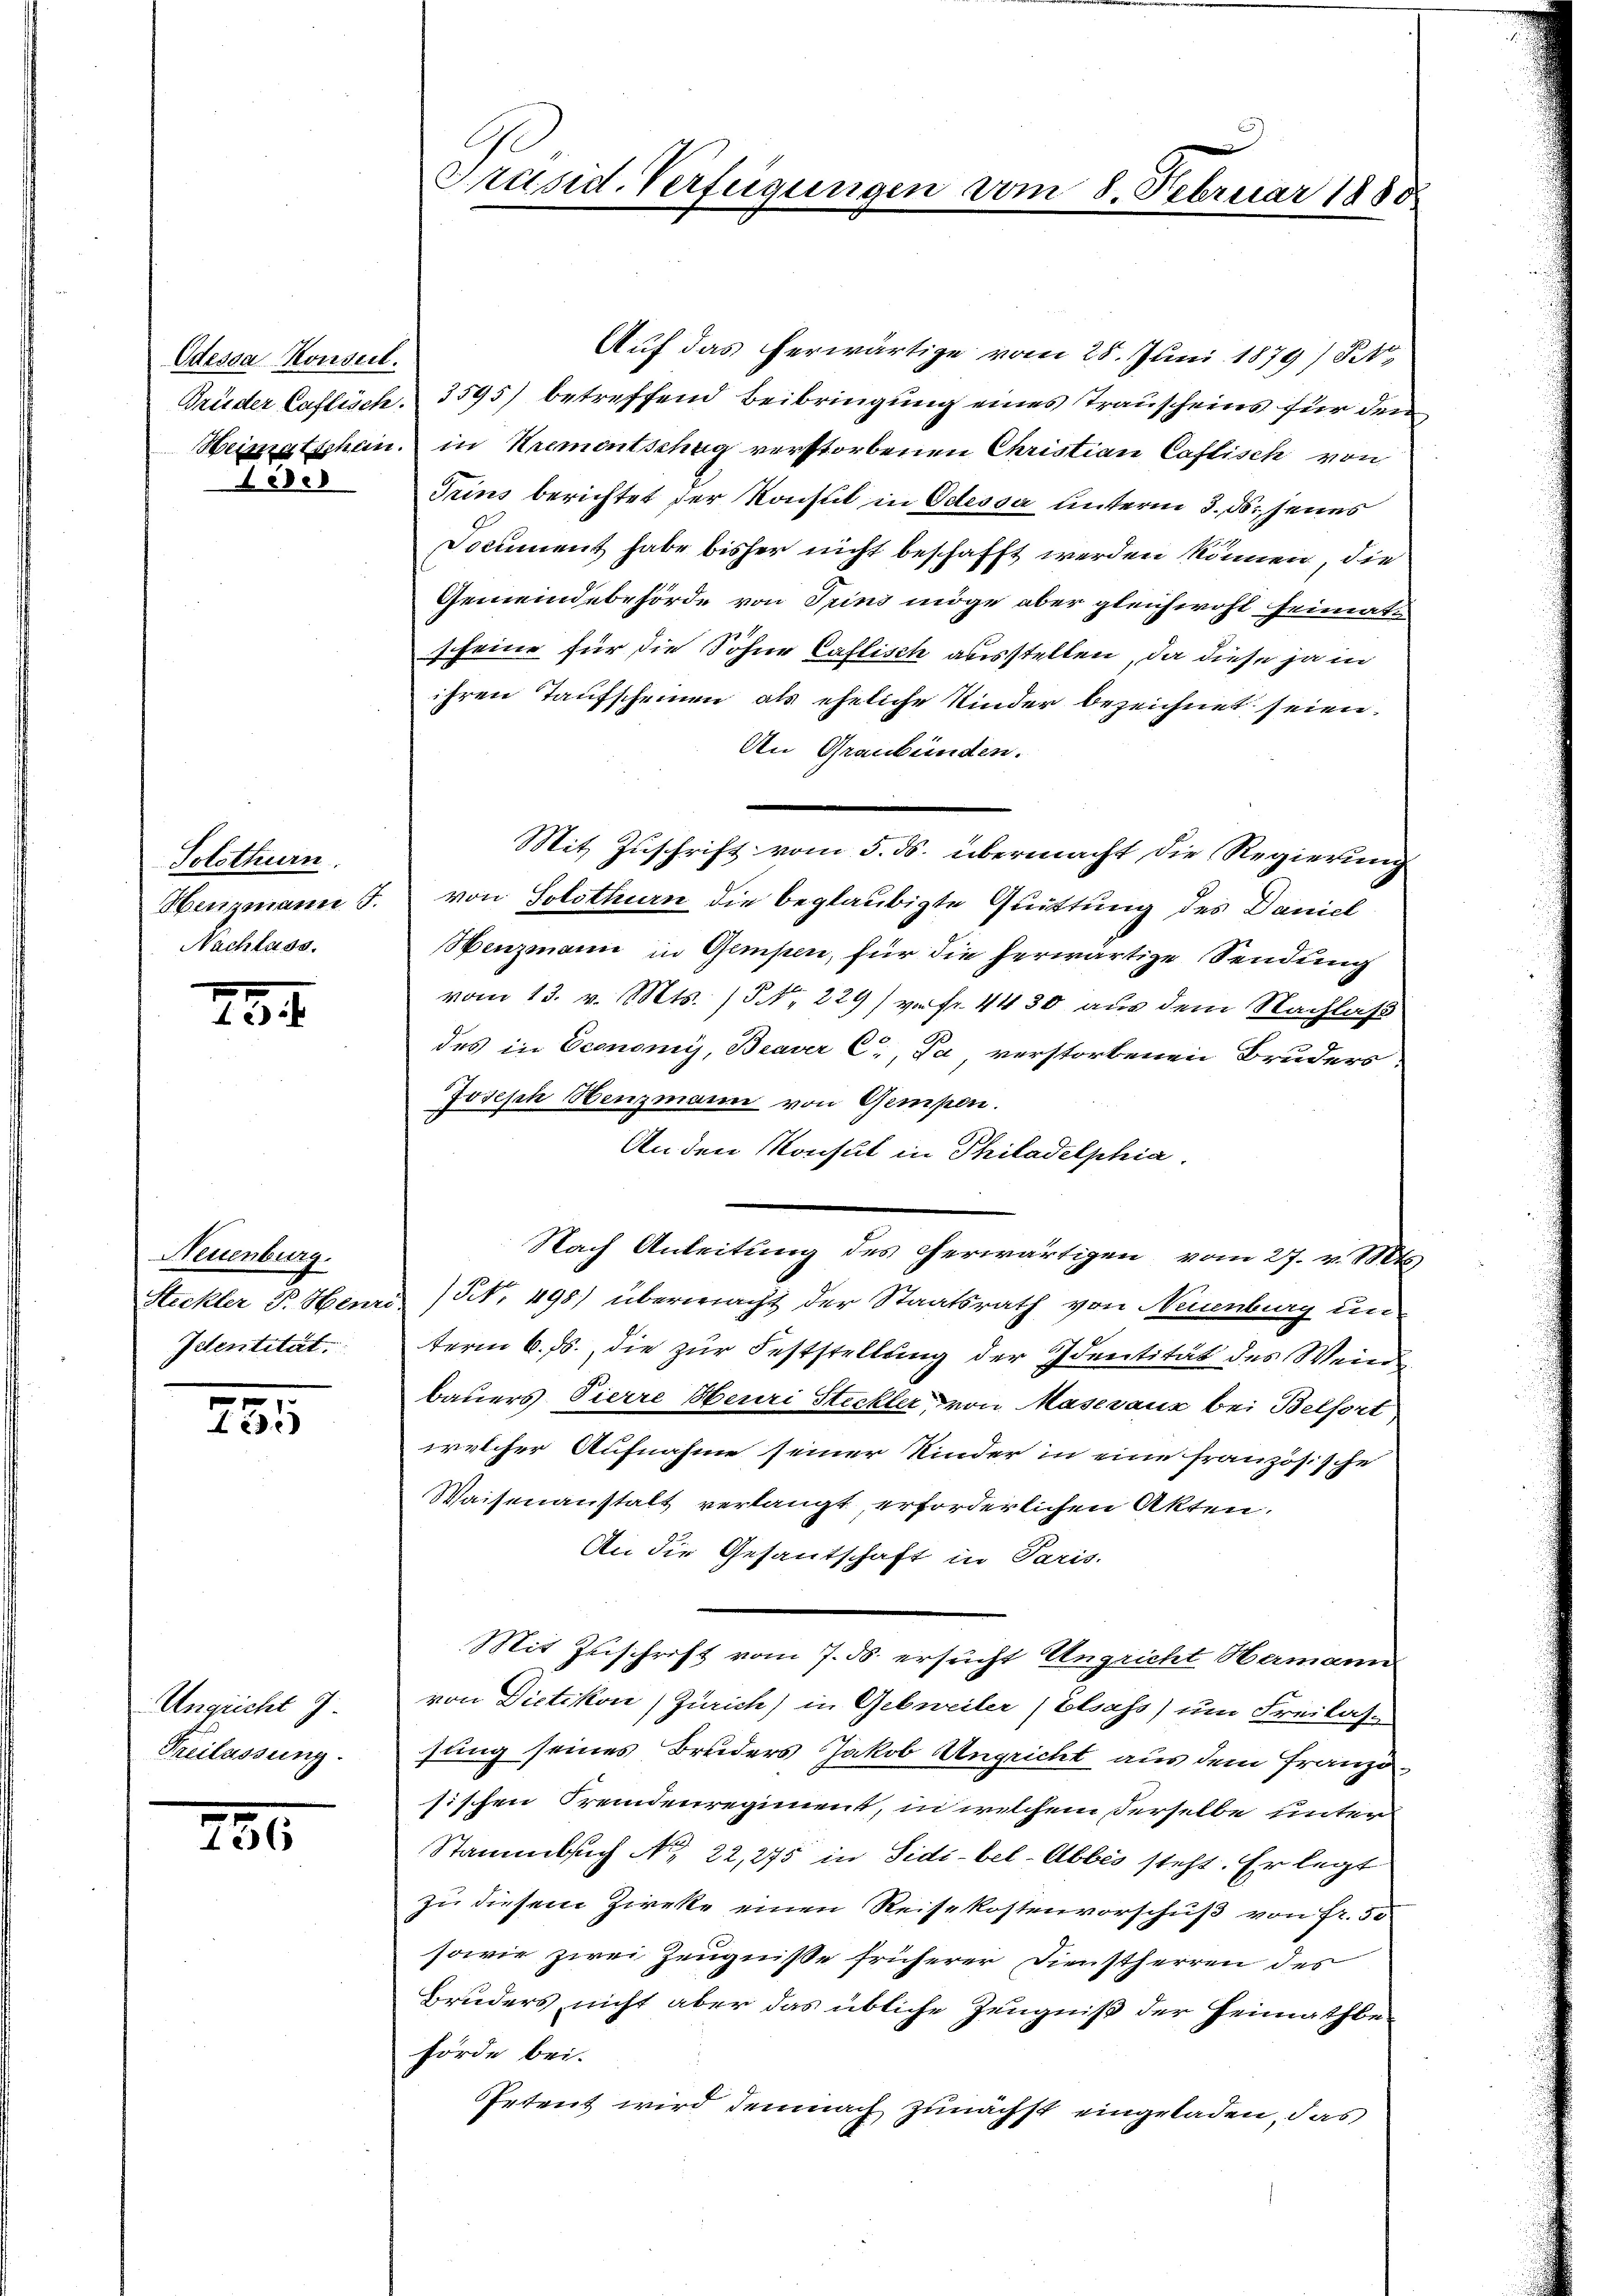
Odessa Konseil.
2808

Solothurn.
Nachlass.

234.

Neuenburg.
Identität

n
22)

Angricht 9.
Freilassung.

286

Präsid. Verfügungen

Auf das herwärtige vom 25. Juni 1879) S.
Brüder Caflisch. 3595) betreffend Beibringung eines Trauscheins für den
Heimatschen in Krementschag verstorbenen Christian Caflisch von
Trins berichtet der Konsul in Odessa unterm 3. ds. jenes
Document habe bisher nicht beschafft werden können, die
Gemeindebehörde von Trini möge aber gleichwohl heimat
scheine für die Sohne Caflisch ausstellen, da diese ja in
ihren Taufscheinen als eheliche Kinder bezeichnet seien.
An Graubünden.
Mit Zuschrift vom 5. ds. übermacht die Regierung
Henzmann J. von Solothurn die beglaubigte Quittung des Daniel
Henzmann in Gempen, für die herwärtige Sendung
vom 13. v. Mts. (§. N. 229) vor fr. 4430 aus dem Nachlaß
des in Economy, Beaver C., Da verstorbenen Bruders:
Joseph Henzmann von Gempen.
An den Konsul in Philadelphia
Nach Anleitung des cherwärtigen vom 27. v. Mts
Steckler F. Henri / NNo. 498) übermacht der Staatsrath von Neuenburg un-
term 6. Js., die zur Feststellung der Identität des Weinbauers Pierre Heuri Steckler, von Masevaux bei Belfort
welcher Aufnahme seiner Kinder in eine französische
Waisenanstalt verlangt, erforderlichen Akten.
An die Gesantschaft in Paris.
Mit Zuschrift vom 7. ds. ersucht Ungricht Hermann
von Dietikon (Zürich) in Gebweiler (Elsass) um Freilase
fung seines Bruders Jakob Ungricht aus dem Französischen Fremdenregiment, in welchem derselbe unter
Stammbach No. 22, 275 in Sidi-bel-Abbes steht. Er legt
zu diesem Zirke einen Reisekostenvorschuß von Fr. 50
sowie zwei Zeugniße früherer Dienstherren des
Bruders, nicht aber das übliche Zeugniß der Heimathbe-
hörde bei.
Ietent wird demnach zunächst eingeladen, das

)
vom 8. Februar 1880